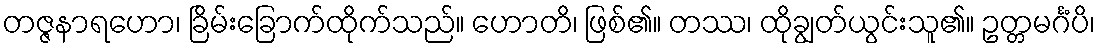
တဇ္ဇနာရဟော၊ ခြိမ်းခြောက်ထိုက်သည်။ ဟောတိ၊ ဖြစ်၏။ တဿ၊ ထိုချွတ်ယွင်းသူ၏။ ဥတ္တမင်္ဂံပိ၊